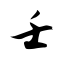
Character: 壬